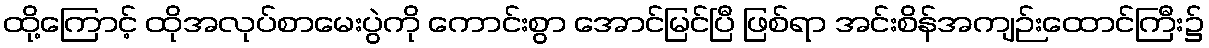
ထို့ကြောင့် ထိုအလုပ်စာမေးပွဲကို ကောင်းစွာ အောင်မြင်ပြီ ဖြစ်ရာ အင်းစိန်အကျဉ်းထောင်ကြီး၌